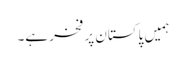
ہمیں پاکستان پر فخر ہے۔